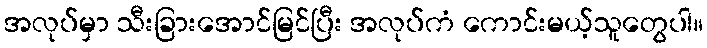
အလုပ်မှာ သီးခြားအောင်မြင်ပြီး အလုပ်ကံ ကောင်းမယ့်သူတွေပါ။